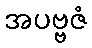
အပဗ္ဗဇံ